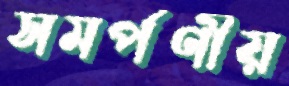
সমর্পণীয়